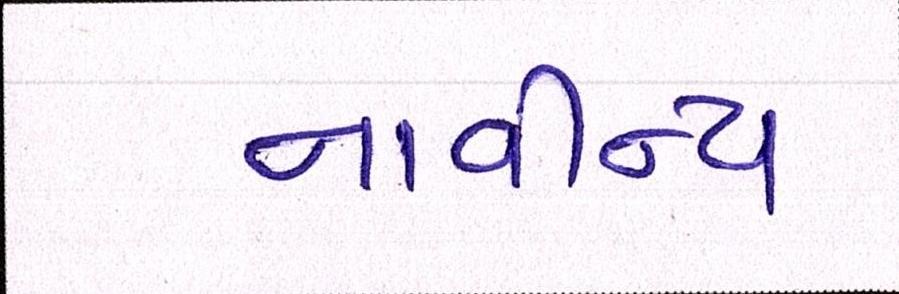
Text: નાવીન્ય